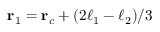
\mathbf { r } _ { 1 } = \mathbf { r } _ { c } + ( 2 \boldsymbol { \ell } _ { 1 } - \boldsymbol { \ell } _ { 2 } ) / 3